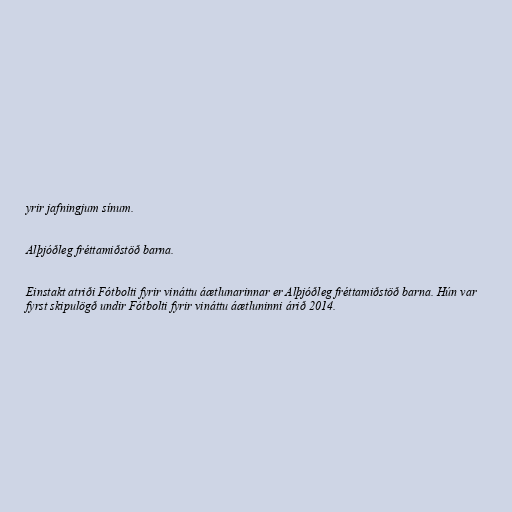
yrir jafningjum sínum.

Alþjóðleg fréttamiðstöð barna.

Einstakt atriði Fótbolti fyrir vináttu áætlunarinnar er Alþjóðleg fréttamiðstöð barna. Hún var
fyrst skipulögð undir Fótbolti fyrir vináttu áætluninni árið 2014.